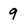
Character: 9